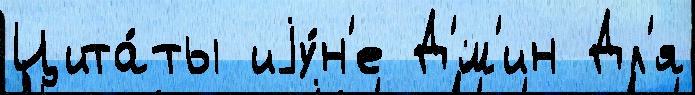
Цита́ты иjу́н'е Д'́м'ин Дл'я